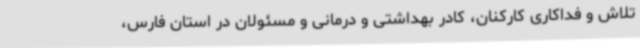
تلاش و فداکاری کارکنان، کادر بهداشتی و درمانی و مسئولان در استان فارس،